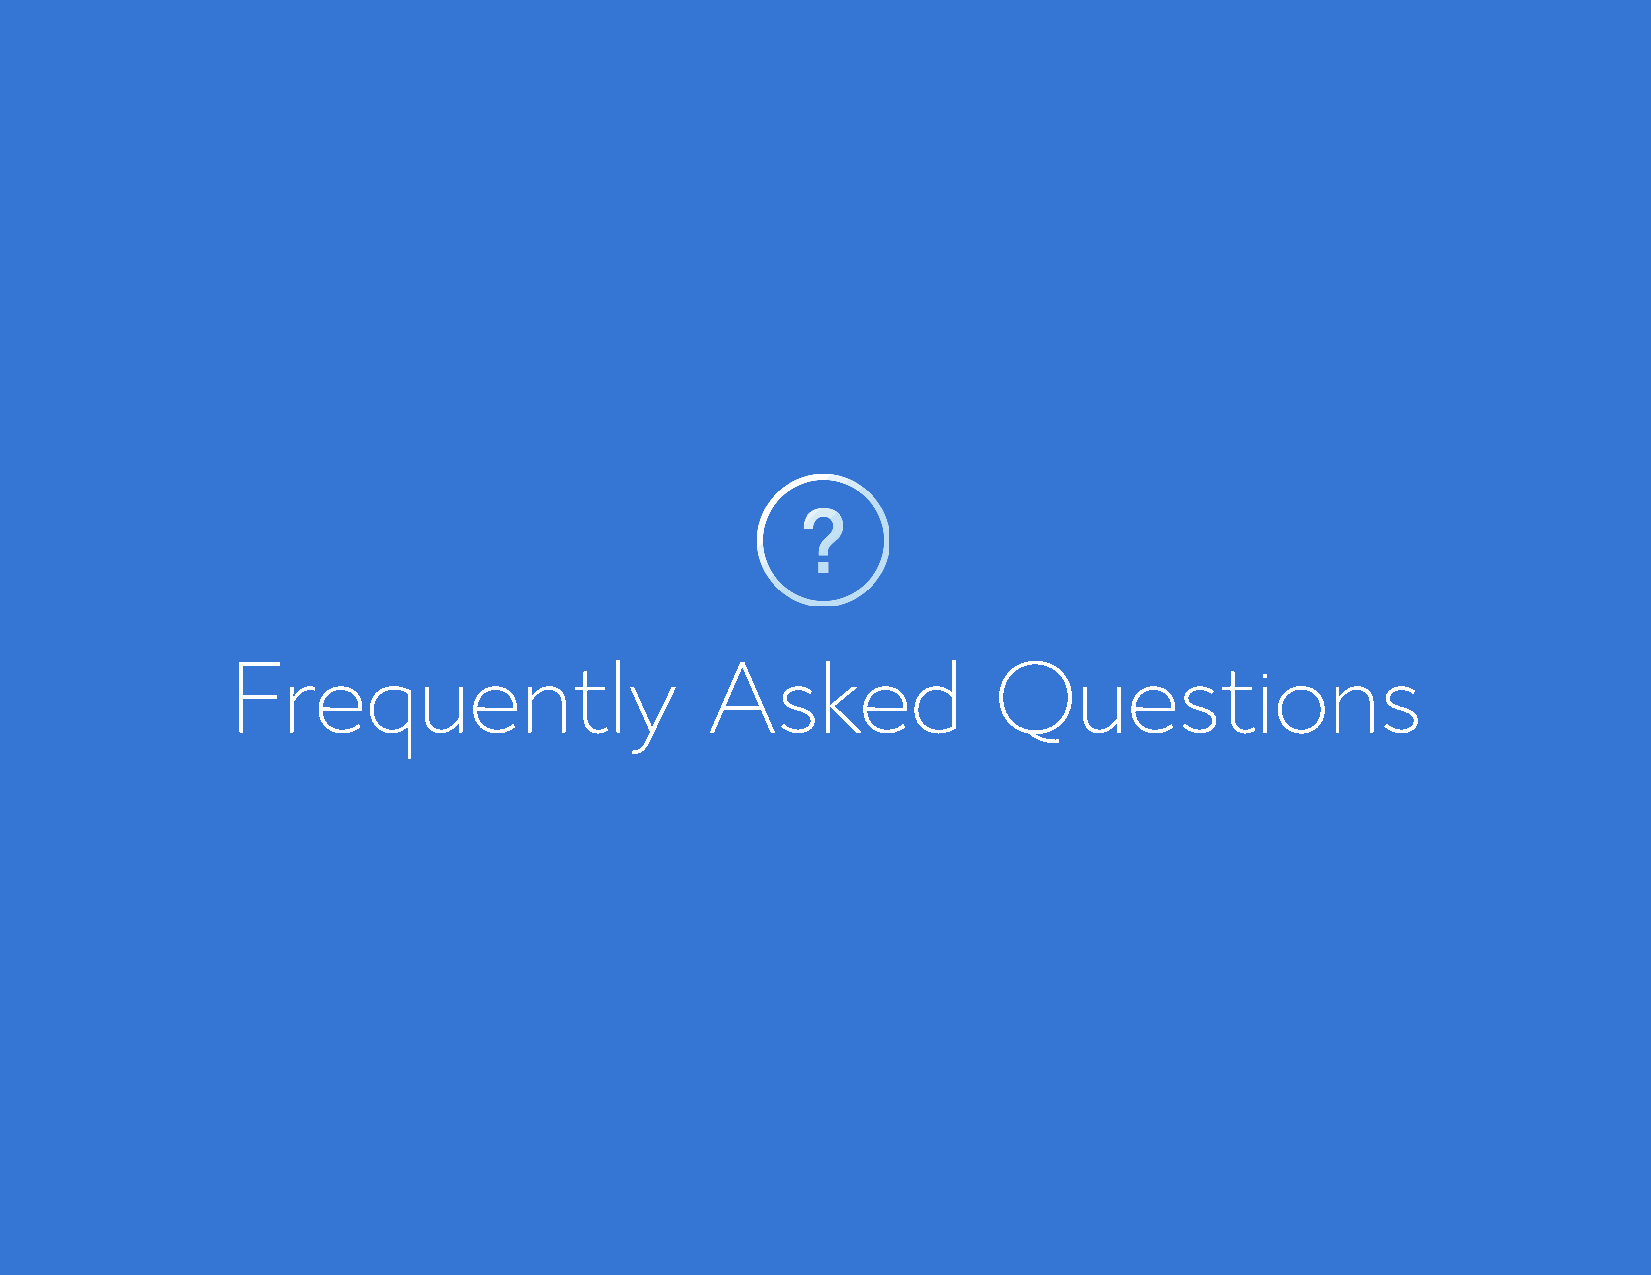
Frequently                      Asked              Questions
 Bluehost Affiliate Marketing Guide                                                          FAQ    44